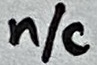
Text: n/c